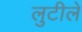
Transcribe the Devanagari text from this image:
लुटीले